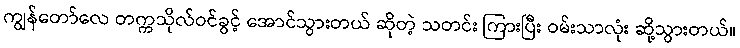
ကျွန်တော်လေ တက္ကသိုလ်ဝင်ခွင့် အောင်သွားတယ် ဆိုတဲ့ သတင်း ကြားပြီး ဝမ်းသာလုံး ဆို့သွားတယ်။